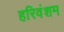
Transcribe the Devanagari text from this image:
हरिवंशम